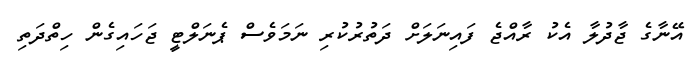
އޭނާގެ ޖާދުލާ އެކު ރާއްޖެ ފައިނަލަށް ދަތުރުކުރި ނަމަވެސް ޕެނަލްޓީ ޖަހައިގެން ހިތްދަތި